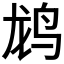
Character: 𬸄